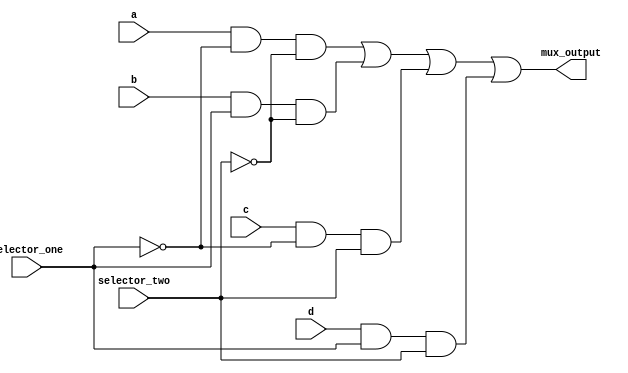
module four_to_one_mux(mux_output,a,b,c,d,selector_one,selector_two);
input a, b, c, d ;
input selector_one , selector_two ;
output mux_output ; 

wire and_to_or_wire_one;
wire and_to_or_wire_two;
wire and_to_or_wire_three;
wire and_to_or_wire_four;
wire selector_one_not_wire;
wire selector_two_not_wire;

not not_selectone (selector_one_not_wire , selector_one);
not not_selecttwo (selector_two_not_wire , selector_two);

and selector_one_and (and_to_or_wire_one,a,selector_one_not_wire , selector_two_not_wire);
and selector_two_and (and_to_or_wire_two,b,selector_one,selector_two_not_wire);
and selector_three_and (and_to_or_wire_three,c,selector_one_not_wire,selector_two);
and selector_four_and (and_to_or_wire_four,d,selector_one,selector_two);

or final_output (mux_output, and_to_or_wire_one, and_to_or_wire_two
						,and_to_or_wire_three,and_to_or_wire_four);

endmodule